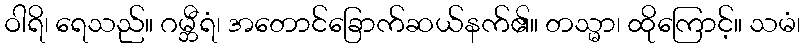
ဝါရိ၊ ရေသည်။ ဂမ္ဘီရံ၊ အတောင်ခြောက်ဆယ်နက်၏။ တသ္မာ၊ ထိုကြောင့်။ သမံ၊